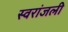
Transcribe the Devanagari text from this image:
स्वरांजली